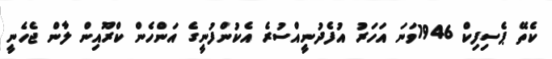
ކެތޭ ޕެސިފިކް 1946ވަނަ އަހަރު އުފެދުނީއްސުރެ އެކުންފުނީގެ އަންހެން ކްރޫއިން ލާން ޖެހެނީ